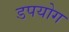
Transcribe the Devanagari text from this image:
डपयोग